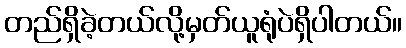
တည်ရှိခဲ့တယ်လို့မှတ်ယူရုံပဲရှိပါတယ်။